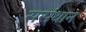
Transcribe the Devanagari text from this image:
ससंथान